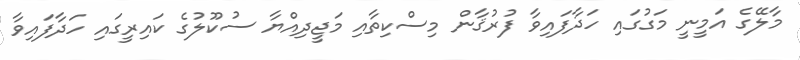
މާލޭގެ އަމީނީ މަގުގައި ހަދާފައިވާ ފުރުޤާން މިސްކިތާއި މަޖީދިއްޔާ ސުކޫލުގެ ކައިރީގައި ހަދާފައިވާ